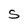
Character: S